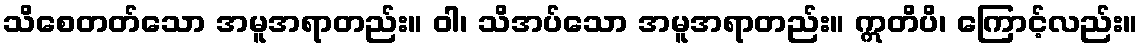
သိစေတတ်သော အမူအရာတည်း။ ဝါ၊ သိအပ်သော အမူအရာတည်း။ ဣတိပိ၊ ကြောင့်လည်း။